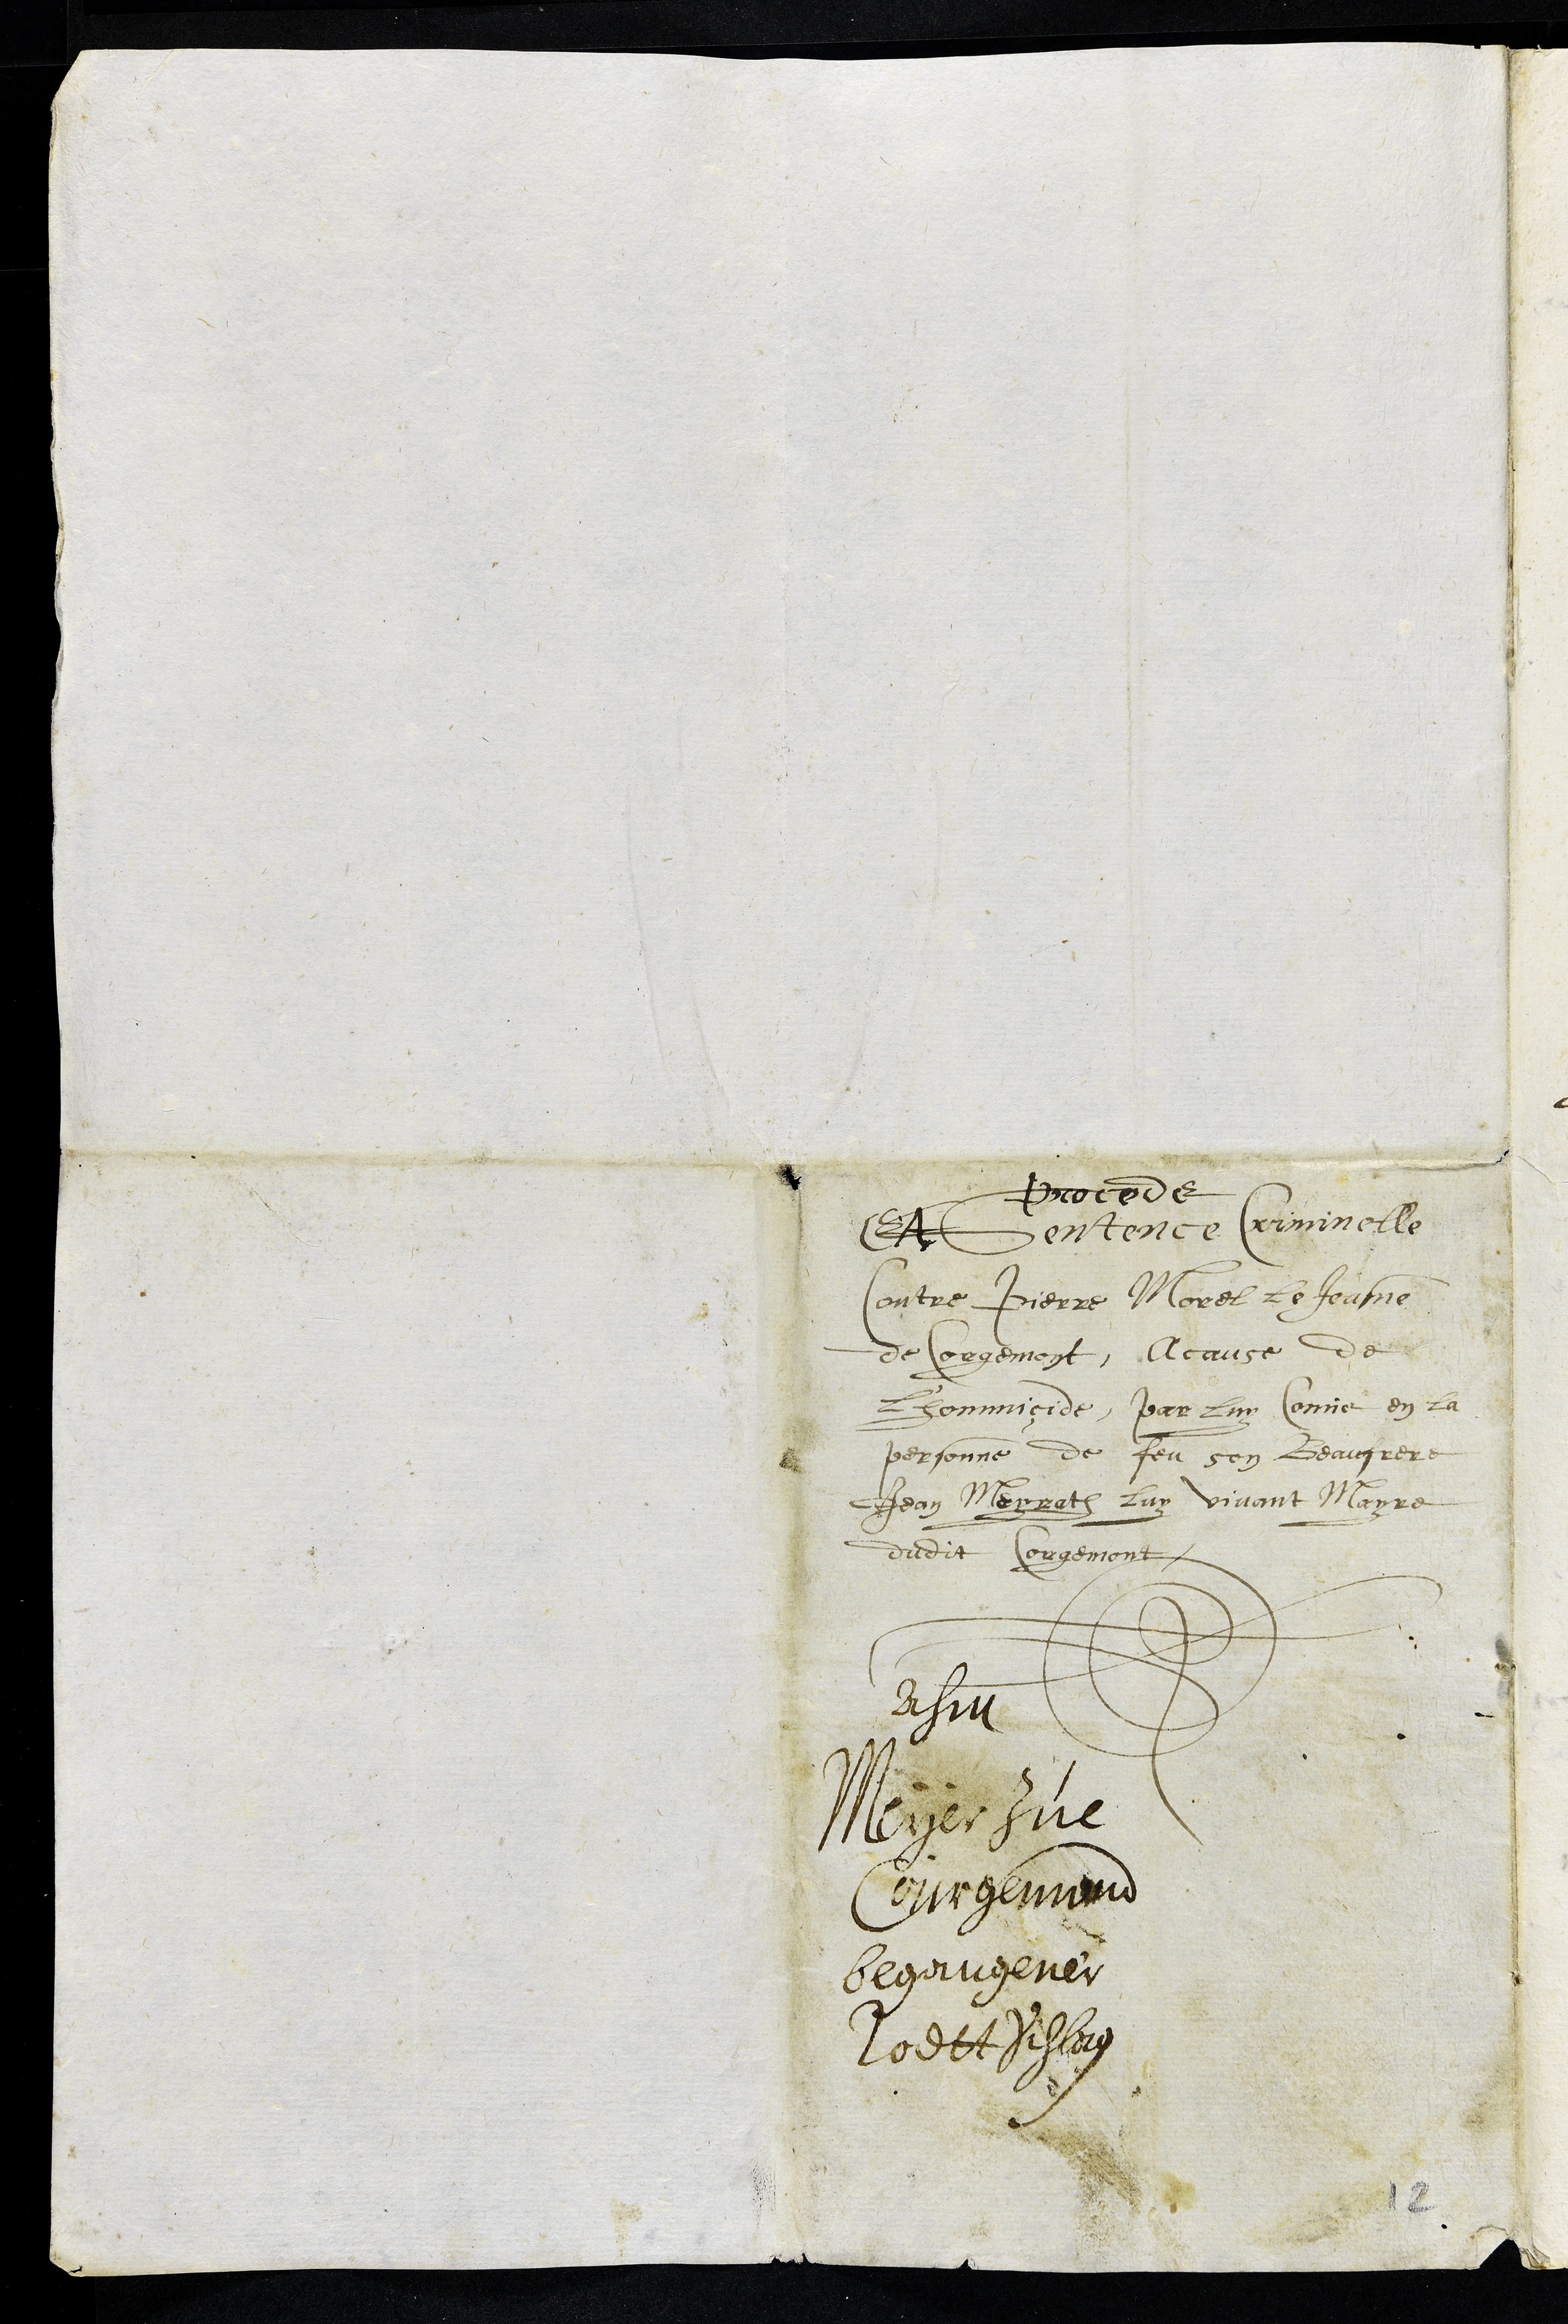
Proceds
Et Sentence Criminelle
Contre Pierre Morel Le Jeusne
de Corgemont, A cause de
l'hommicide par luy Comis en la
personne de feu son Beaufrere
Jean Meyrath Luy vivant Mayre
dudit Corgemont
Ahm
Meyer zue
Courgemund
begangener
Todttschlag
12